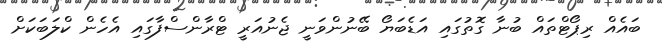
ބައެއް ރިޕޯޓްތައް ބުނާ ގޮތުގައި އަޑެބަޔޯ ބޭނުންވަނީ ޖެނުއަރީ ޓްރާންސްފާގައި އެހެން ކްލަބަކަށް